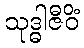
သုဒ္ဓါဇီဝိံ